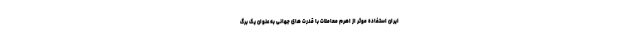
ایران استفاده موثر از اهرم معاملات با قدرت های جهانی به عنوان یک برگ